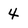
Character: 4